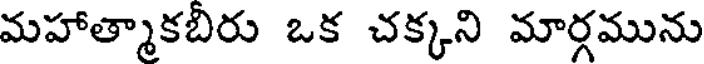
మహాత్మాకబిరు ఒక చక్కని మార్గమును